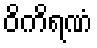
ဝိကိရဏံ